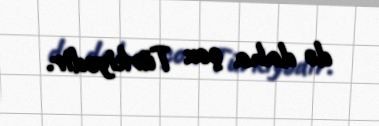
də daha çox Türkiyədir.